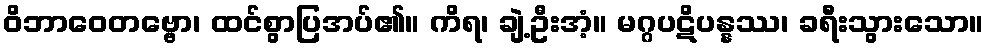
ဝိဘာဝေတဗ္ဗော၊ ထင်စွာပြအပ်၏။ ကိရ၊ ချဲ့ဦးအံ့။ မဂ္ဂပဋိပန္နဿ၊ ခရီးသွားသော။